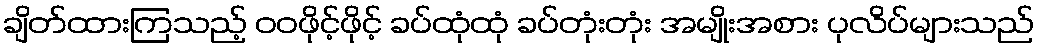
ချိတ်ထားကြသည့် ဝဝဖိုင့်ဖိုင့် ခပ်ထုံထုံ ခပ်တုံးတုံး အမျိုးအစား ပုလိပ်များသည်